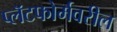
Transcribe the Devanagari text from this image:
प्लॅटफोर्मवरील